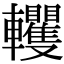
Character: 𨏹